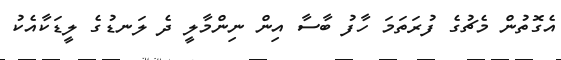
އެގޮތުން މެޗުގެ ފުރަތަމަ ހާފު ބާސާ އިން ނިންމާލީ ދެ ލަނޑުގެ ލީޑަކާއެކު